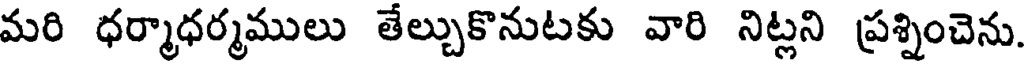
మరి ధర్మాధర్మములు తేల్చుకొనుటకు వారి నిట్లని ప్రశ్నించెను.